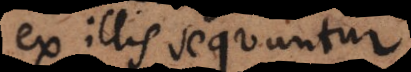
ex illis sequuntur